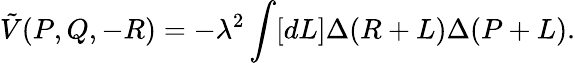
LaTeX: \tilde{V}(P,Q,-R)=-\lambda^{2}\int[dL]\Delta(R+L)\Delta(P+L).